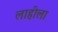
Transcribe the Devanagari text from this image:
लाहीला